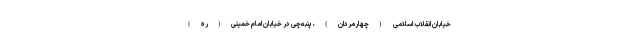
خیابان انقلاب اسلامی (چهارمردان)، پنبه‌چی در خیابان امام خمینی(ره)